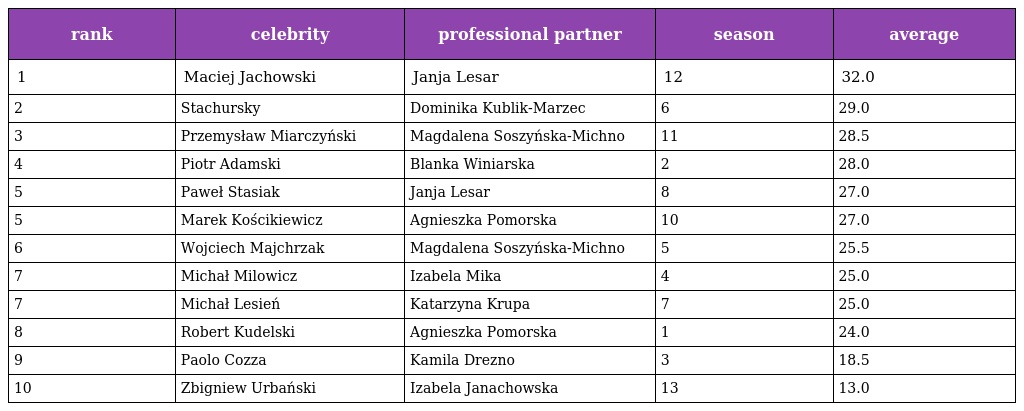
| rank | celebrity | professional partner | season | average |
 | --- | --- | --- | --- | --- |
 | 1 | Maciej Jachowski | Janja Lesar | 12 | 32.0 |
 | 2 | Stachursky | Dominika Kublik-Marzec | 6 | 29.0 |
 | 3 | Przemysław Miarczyński | Magdalena Soszyńska-Michno | 11 | 28.5 |
 | 4 | Piotr Adamski | Blanka Winiarska | 2 | 28.0 |
 | 5 | Paweł Stasiak | Janja Lesar | 8 | 27.0 |
 | 5 | Marek Kościkiewicz | Agnieszka Pomorska | 10 | 27.0 |
 | 6 | Wojciech Majchrzak | Magdalena Soszyńska-Michno | 5 | 25.5 |
 | 7 | Michał Milowicz | Izabela Mika | 4 | 25.0 |
 | 7 | Michał Lesień | Katarzyna Krupa | 7 | 25.0 |
 | 8 | Robert Kudelski | Agnieszka Pomorska | 1 | 24.0 |
 | 9 | Paolo Cozza | Kamila Drezno | 3 | 18.5 |
 | 10 | Zbigniew Urbański | Izabela Janachowska | 13 | 13.0 |